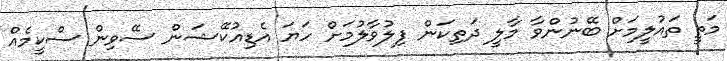
މަތީ ތައުލީމަށް ބޭނުންވާ މާލީ ދަތިކަން ފިލުވާލުމަށް ހަޔަ އެޑިއުކޭޝަން ސޭވިން ސްކީމެއް